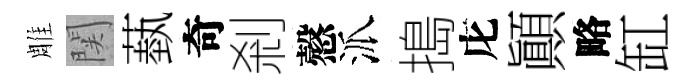
雕関蓺奇剎慤派搗庀顚略缸